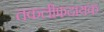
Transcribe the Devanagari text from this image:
तकलीफदायक